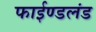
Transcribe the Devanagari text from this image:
फाईण्डलंड